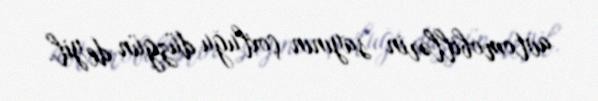
avtomobillərin sayının çoxluğu düzgün deyil.